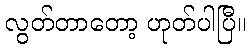
လွတ်တာတော့ ဟုတ်ပါပြီ။